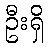
ဦးရှိ